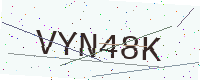
Text: VYN48K